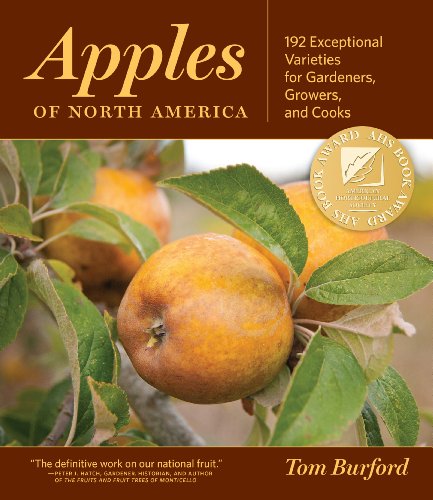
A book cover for Apples of North America: Exceptional Varieties for Gardeners, Growers, and Cooks; Tom Burford; Cookbooks, Food & Wine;